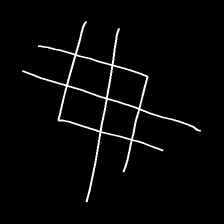
Glyph: crystal